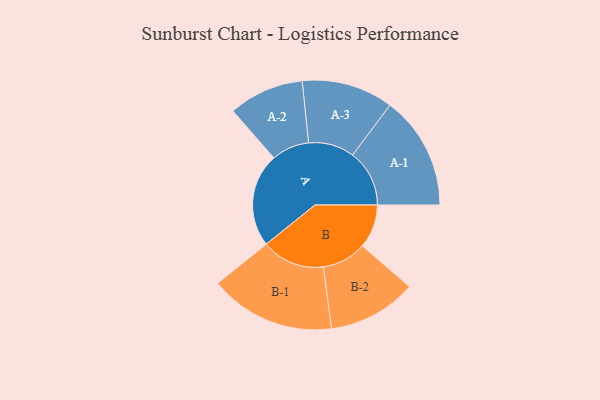
{"axis": {"x": "Segment", "y": "Value"}, "legend": ["", "A", "B"], "data": [{"x": "A", "y": 348, "type": ""}, {"x": "B", "y": 162, "type": ""}, {"x": "A-1", "y": 211, "type": "A"}, {"x": "A-2", "y": 140, "type": "A"}, {"x": "A-3", "y": 170, "type": "A"}, {"x": "B-1", "y": 234, "type": "B"}, {"x": "B-2", "y": 165, "type": "B"}]}